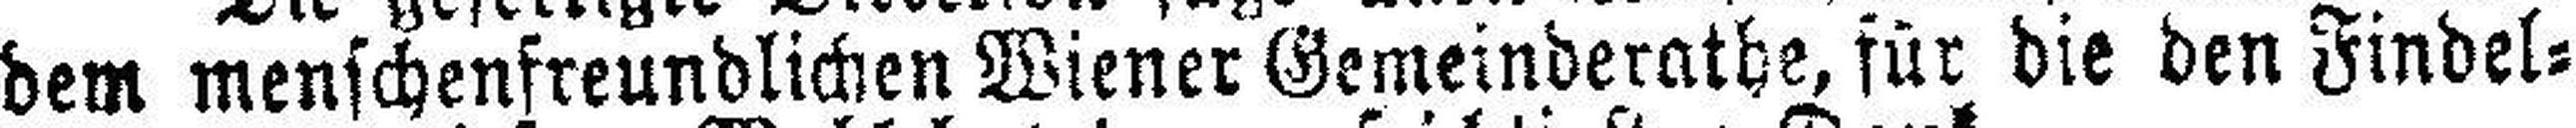
dem menschenfreundlichen Wiener Gemeinderathe, für die den Findel¬